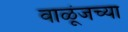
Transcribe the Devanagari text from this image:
वाळूंजच्या